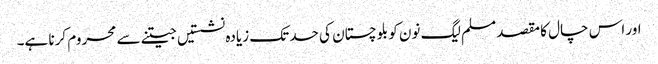
اور اس چال کا مقصد مسلم لیگ نون کو بلوچستان کی حد تک زیادہ نشستیں جیتنے سے محروم کرنا ہے۔